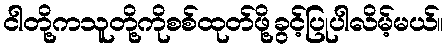
ငါတို့ကသူတို့ကိုစစ်ထုတ်ဖို့ခွင့်ပြုပါလိမ့်မယ်။